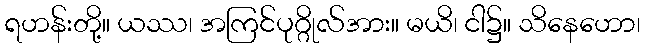
ရဟန်းတို့။ ယဿ၊ အကြင်ပုဂ္ဂိုလ်အား။ မယိ၊ ငါ၌။ သိနေဟော၊